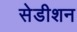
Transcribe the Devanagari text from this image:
सेडीशन